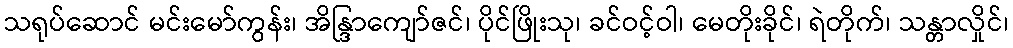
သရုပ်ဆောင် မင်းမော်ကွန်း၊ အိန္ဒြာကျော်ဇင်၊ ပိုင်ဖြိုးသု၊ ခင်ဝင့်ဝါ၊ မေတိုးခိုင်၊ ရဲတိုက်၊ သန္တာလှိုင်၊